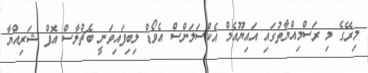
މިރޭގެ މި ރަސްމިއްޔާތުގައި އައިޔޫއެމް އެކްސަލަންސް އެވޯޑް ލިބިފައިވަނީ ބެޗްލާސް އޮފް ޝަރިއްޔާ